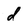
Character: d